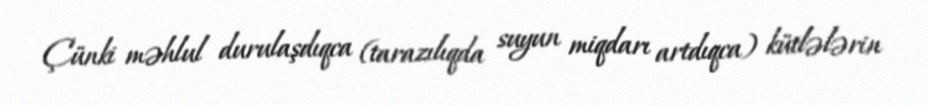
Çünki məhlul durulaşdıqca (tarazılıqda suyun miqdarı artdıqca) kütlələrin